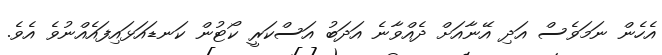
އެހެން ނަމަވެސް އަދި އޭނާއަށް ދެއްވާނެ އަދަބު އަސްކަރީ ކޯޓުން ކަނޑައަޅައިފައެއްނުވެ އެވެ.